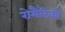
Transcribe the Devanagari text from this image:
रोमैंटिकों